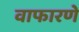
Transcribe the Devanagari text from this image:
वाफारणे